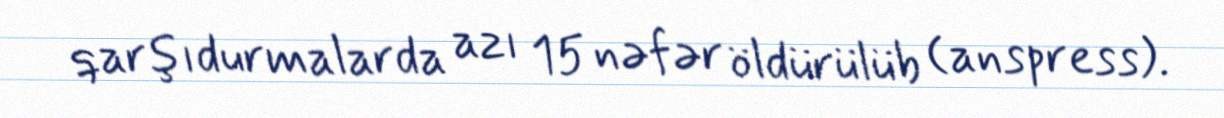
qarşıdurmalarda azı 15 nəfər öldürülüb (anspress).